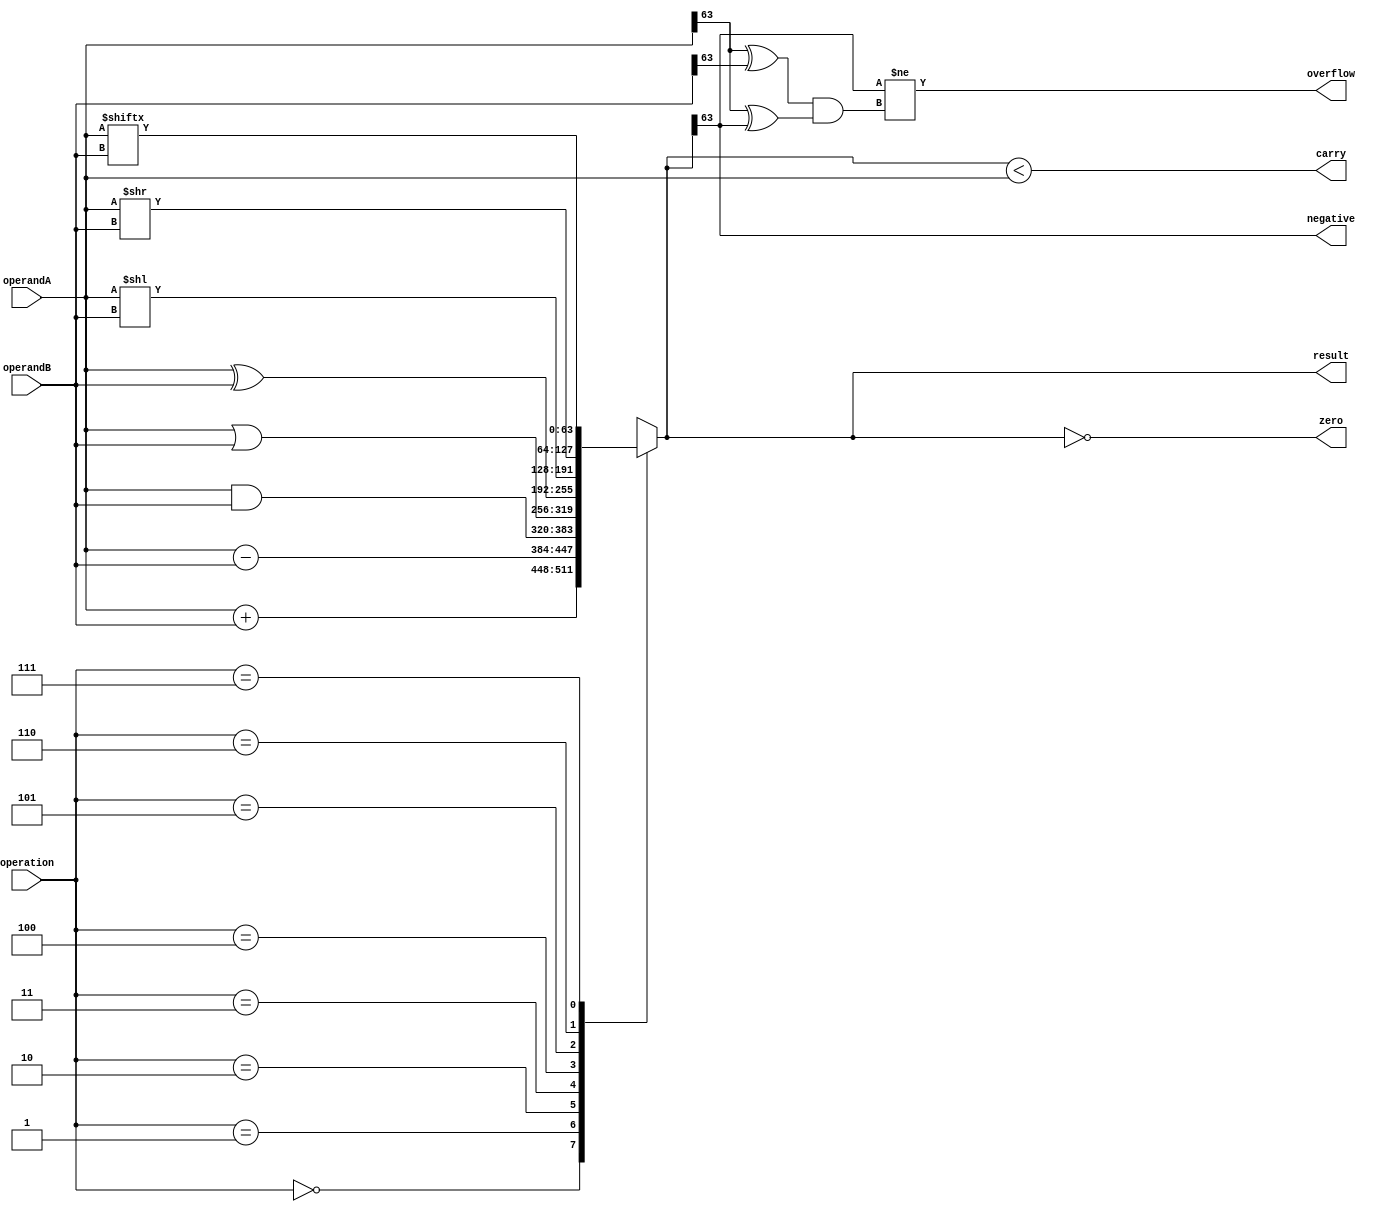
module ALU_64bit (
    input [63:0] operandA,
    input [63:0] operandB,
    input [2:0] operation,
    output reg [63:0] result,
    output reg zero,
    output reg negative,
    output reg carry,
    output reg overflow
);

always @(*) begin
    case(operation)
        3'b000:  // Addition
            result = operandA + operandB;
        3'b001:  // Subtraction
            result = operandA - operandB;
        3'b010:  // Bitwise AND
            result = operandA & operandB;
        3'b011:  // Bitwise OR
            result = operandA | operandB;
        3'b100:  // Bitwise XOR
            result = operandA ^ operandB;
        3'b101:  // Left shift
            result = operandA << operandB;
        3'b110:  // Right shift
            result = operandA >> operandB;
        3'b111:  // Rotate
            result = {operandA[operandB-1:0], operandA[63:operandB]};
        default:
            result = 64'h0;
    endcase
end

always @(result) begin
    zero = (result == 64'h0);
    negative = (result[63] == 1);
    carry = (result < operandA);
    overflow = (result[63] != ((operandA[63] ^ operandB[63]) & (operandA[63] ^ result[63])));
end

endmodule